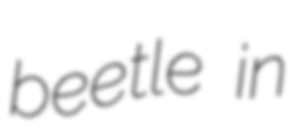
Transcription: beetle in